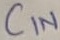
Text: C1